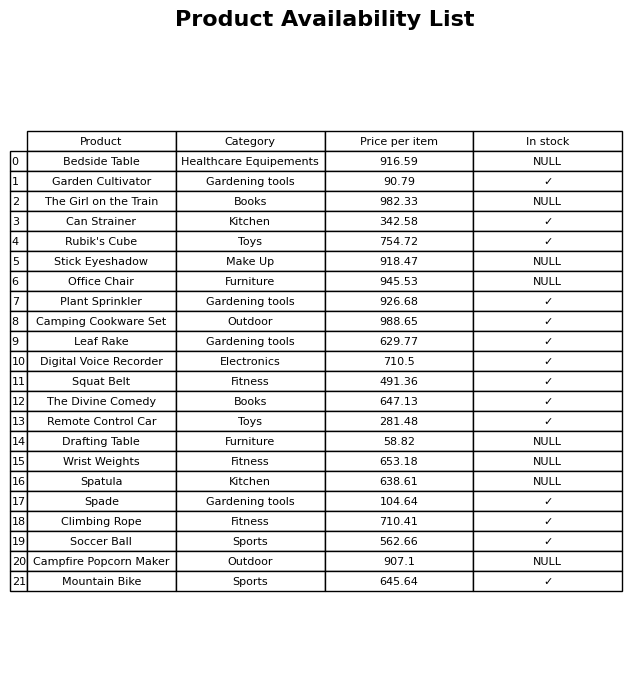
question: What is the price for Office Chair?
answer: The price of Office Chair is 945.53.